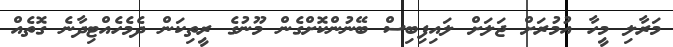
މަރާލި މީހާ އުމުރަށް ޖަލަށް ލައިފިބިސް ބޭނުންކޮށްގެން މޫނުގެ ރީތިކަން ދެމެހެއްޓިދާނެ ގޮތެއް